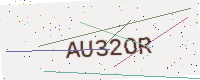
Text: AU32OR